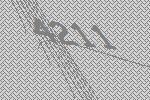
4211